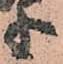
等